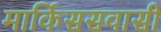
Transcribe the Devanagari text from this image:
मार्किससवासी